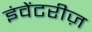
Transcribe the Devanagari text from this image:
इंवेंटरीज़